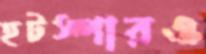
হটস্পারও